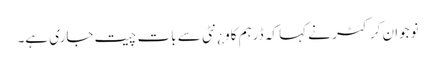
نوجوان کرکٹر نے کہا کہ ڈرہم کاو¿نٹی سے بات چیت جاری ہے۔